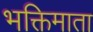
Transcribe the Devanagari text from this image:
भक्तिमाता